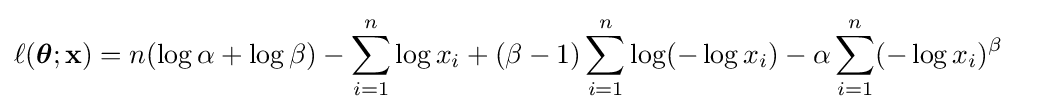
{\begin{aligned}\ell ({\boldsymbol {\theta }};\mathbf {x} )&=n(\log \alpha +\log \beta )-\sum _{i=1}^{n}\log x_{i}+(\beta -1)\sum _{i=1}^{n}\log(-\log x_{i})-\alpha \sum _{i=1}^{n}(-\log x_{i})^{\beta }\end{aligned}}